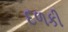
દળકી